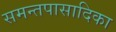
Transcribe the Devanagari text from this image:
समन्तपासादिका